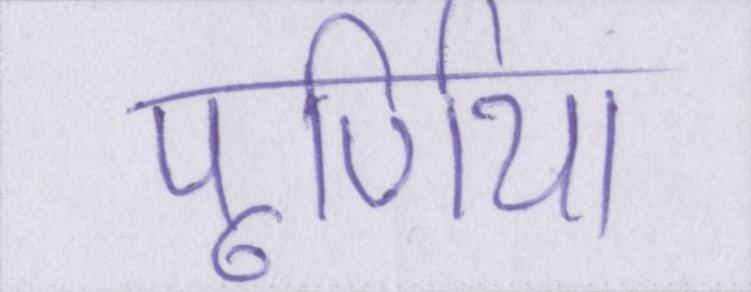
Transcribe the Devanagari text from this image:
पूर्णिया